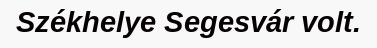
Székhelye Segesvár volt.